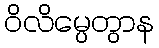
ဝိလိမ္ပေတွာန